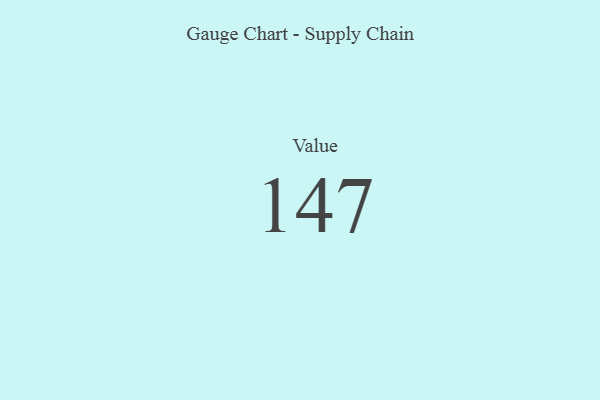
{"axis": {"x": "Metric", "y": "Value"}, "legend": [""], "data": [{"x": "Value", "y": 147, "type": ""}]}